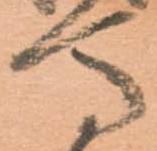
馬